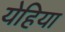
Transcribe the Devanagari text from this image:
येहिया